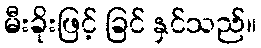
မီးခိုးဖြင့် ခြင် နှင်သည်။